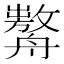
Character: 𦪰